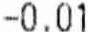
-0.01